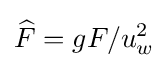
{\widehat {F}}={gF/u_{w}^{2}}